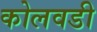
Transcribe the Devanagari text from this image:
कोलवडी